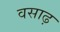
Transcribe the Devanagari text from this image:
वसाढ़